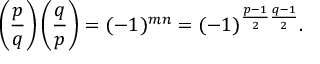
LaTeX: \left( { \frac { p } { q } } \right) \left( { \frac { q } { p } } \right) = ( - 1 ) ^ { m n } = ( - 1 ) ^ { { \frac { p - 1 } { 2 } } { \frac { q - 1 } { 2 } } } .